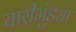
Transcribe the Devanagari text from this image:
चारीमुंड्या